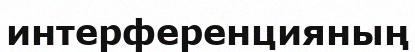
интерференцияның